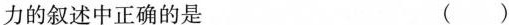
力的叙述中正确的是 ( )